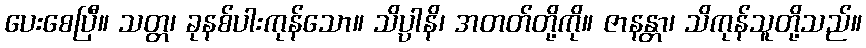
ပေးစေပြီ။ သတ္တ၊ ခုနစ်ပါးကုန်သော။ သိပ္ပါနိ၊ အတတ်တို့ကို။ ဇာနန္တာ၊ သိကုန်သူတို့သည်။